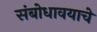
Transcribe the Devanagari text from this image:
संबोधावयाचे